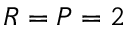
R = P = 2